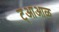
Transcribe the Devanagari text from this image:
ट्आआळ्